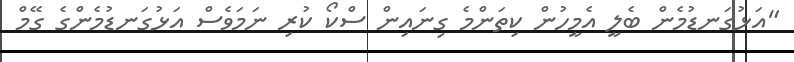
"އަޅުގަނޑުމެން ބެލީ އެމީހުން ކިތަންމެ ގިނައިން ސްކޯ ކުރި ނަމަވެސް އަޅުގަނޑުމެންގެ ގޭމް